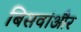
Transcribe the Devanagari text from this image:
बिसवांऔर